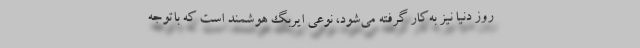
روز دنیا نیز به‌کار گرفته می‌شود، نوعی ایربگ هوشمند است که باتوجه